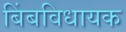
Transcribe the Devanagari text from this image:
बिंबविधायक